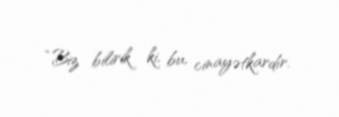
“Biz bilirik ki, bu, cinayətkardır.